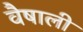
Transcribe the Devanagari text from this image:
वैषाली